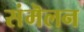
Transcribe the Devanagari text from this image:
संमॆलन